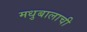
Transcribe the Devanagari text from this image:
मधुबालाची